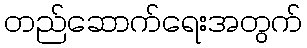
တည်ဆောက်ရေးအတွက်